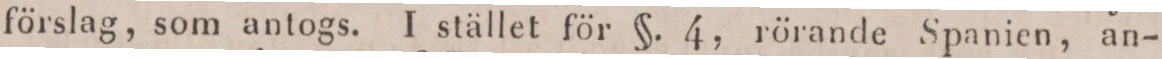
förslag, som antogs. I stället för §. 4, rörande Spanien, an-